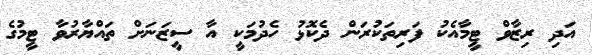
އަދި ރިޒާވް ޓީމާއެކު ފަރިތަކުރަން ދެކޮޅު ހެދުމަކީ އާ ސީޒަނަށް ތައްޔާރުވާ ޓީމުގެ